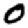
Digit: 0